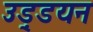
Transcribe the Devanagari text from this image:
उड़्डयन